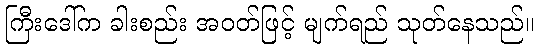
ကြီးဒေါ်က ခါးစည်း အဝတ်ဖြင့် မျက်ရည် သုတ်နေသည်။